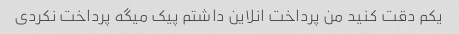
یکم دقت کنید من پرداخت انلاین داشتم پیک میگه پرداخت نکردی